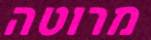
מרוטה